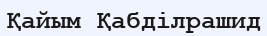
Қайым Қабділрашид